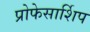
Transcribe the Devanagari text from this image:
प्रोफेसार्शिप